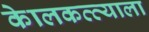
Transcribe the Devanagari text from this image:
केालकत्त्याला